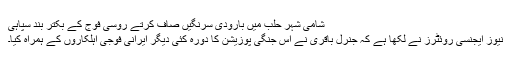
شامی شہر حلب میں بارودی سرنگیں صاف کرتے روسی فوج کے بکتر بند سپاہی
نیوز ایجنسی روئٹرز نے لکھا ہے کہ جنرل باقری نے اس جنگی پوزیشن کا دورہ کئی دیگر ایرانی فوجی اہلکاروں کے ہمراہ کیا۔